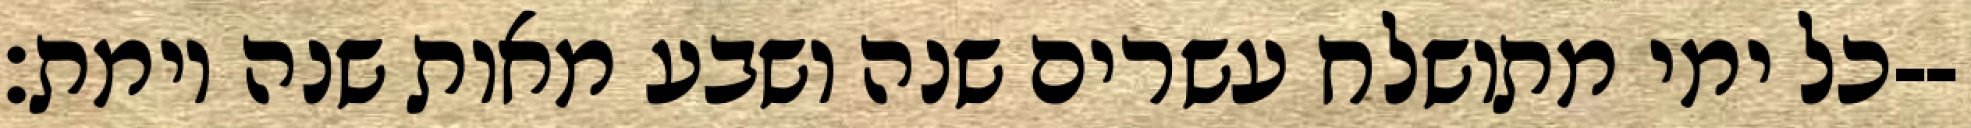
כל ימי מתושלח עשרים שנה ושבע מאות שנה וימת׃--